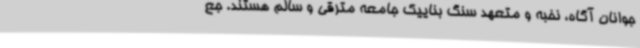
جوانان آگاه، نخبه و متعهد سنگ بناییک جامعه مترقی و سالم هستند. جع